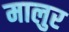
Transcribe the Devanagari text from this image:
मालुर